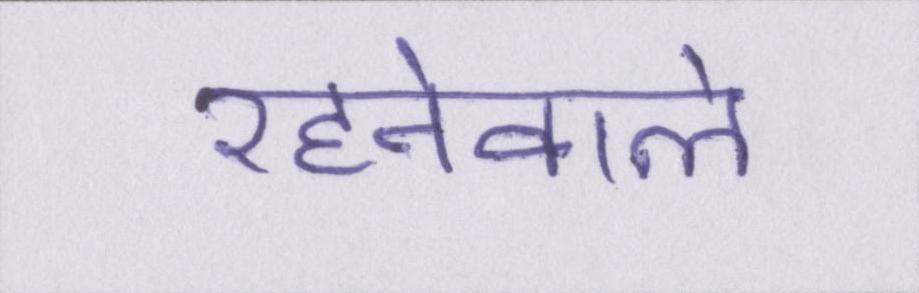
रहनेवाले